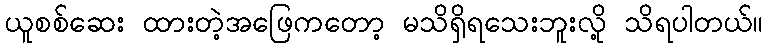
ယူစစ်ဆေး ထားတဲ့အဖြေကတော့ မသိရှိရသေးဘူးလို့ သိရပါတယ်။